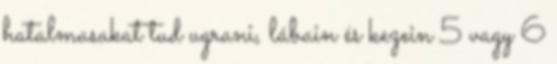
hatalmasakat tud ugrani, lábain és kezein 5 vagy 6